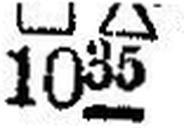
□ ∆ 1035